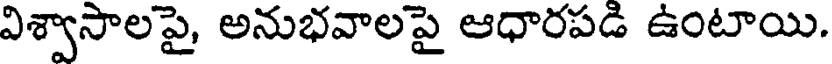
విశ్వాసాలపై, అనుభవాలపై ఆధారపడి ఉంటాయి.